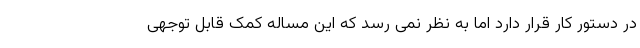
در دستور کار قرار دارد اما به نظر نمی رسد که این مساله کمک قابل توجهی